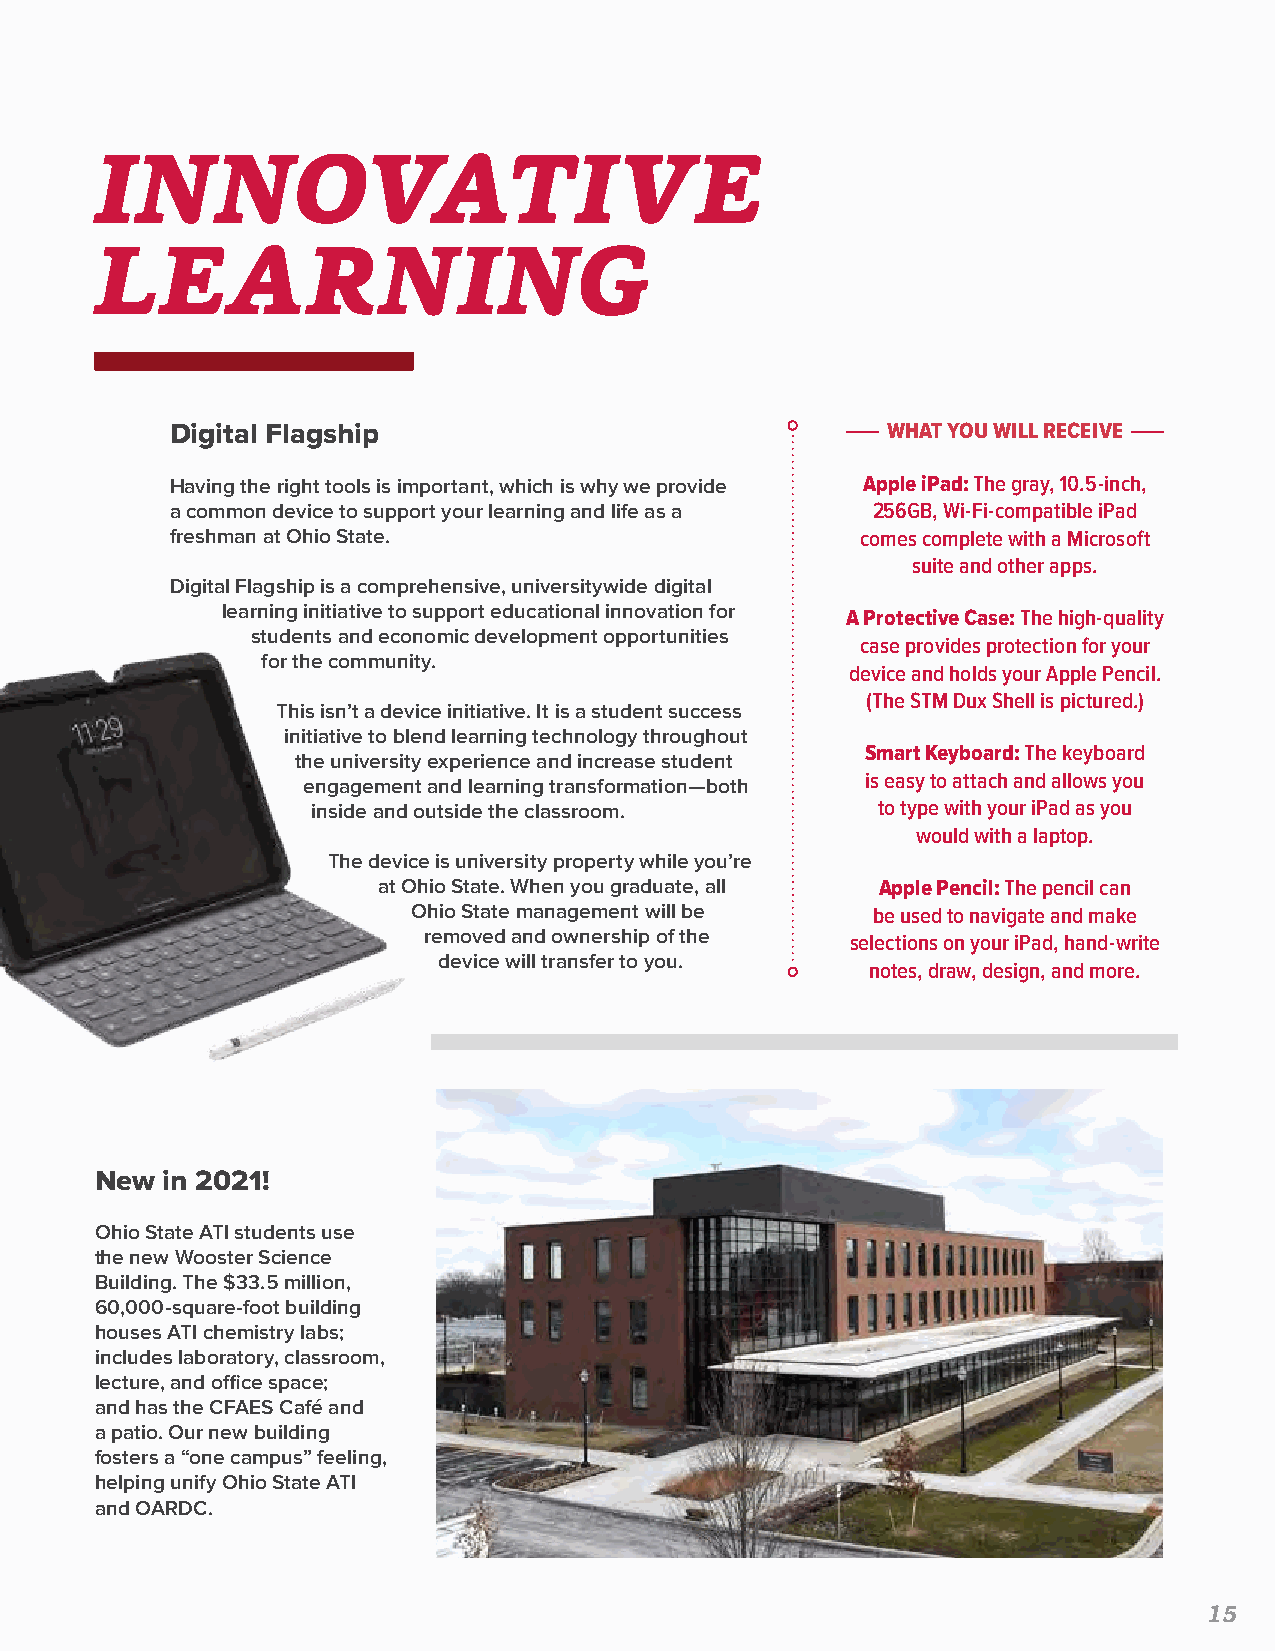
INNOVATIVE
 LEARNING
 Digital Flagship                                WHAT YOU WILL RECEIVE
 Having the right tools is important, which is why we provide Apple iPad: The gray, 10.5-inch,
 a common device to support your learning and life as a 256GB, Wi-Fi-compatible iPad
 freshman at Ohio State.                       comes complete with a Microsoft
 suite and other apps.
 Digital Flagship is a comprehensive, universitywide digital
 learning initiative to support educational innovation for A Protective Case: The high-quality
 students and economic development opportunities
 case provides protection for your
 for the community.
 device and holds your Apple Pencil.
 (The STM Dux Shell is pictured.)
 This isn’t a device initiative. It is a student success
 initiative to blend learning technology throughout
 Smart Keyboard: The keyboard
 the university experience and increase student
 is easy to attach and allows you
 engagement and learning transformation—both
 inside and outside the classroom.    to type with your iPad as you
 would with a laptop.
 The device is university property while you’re
 at Ohio State. When you graduate, all Apple Pencil: The pencil can
 Ohio State management will be  be used to navigate and make
 removed and ownership of the selections on your iPad, hand-write
 device will transfer to you.
 notes, draw, design, and more.
 New  in 2021!
 Ohio State ATI students use
 the new Wooster Science
 Building. The $33.5 million,
 60,000-square-foot building
 houses ATI chemistry labs;
 includes laboratory, classroom,
 lecture, and office space;
 and has the CFAES Café and
 a patio. Our new building
 fosters a “one campus” feeling,
 helping unify Ohio State ATI
 and OARDC.
 15